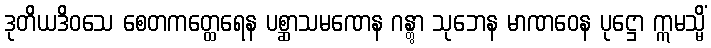
ဒုတိယဒိဝသေ စေတကတ္ထေရေန ပစ္ဆာသမဏေန ဂန္တွာ သုဘေန မာဏဝေန ပုဋ္ဌော ဣမသ္မိံ